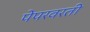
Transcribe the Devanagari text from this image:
पेपरवरती